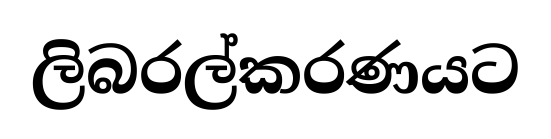
ලිබරල්කරණයට